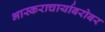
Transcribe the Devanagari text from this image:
भास्कराचार्याबरोबर